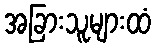
အခြားသူများထံ